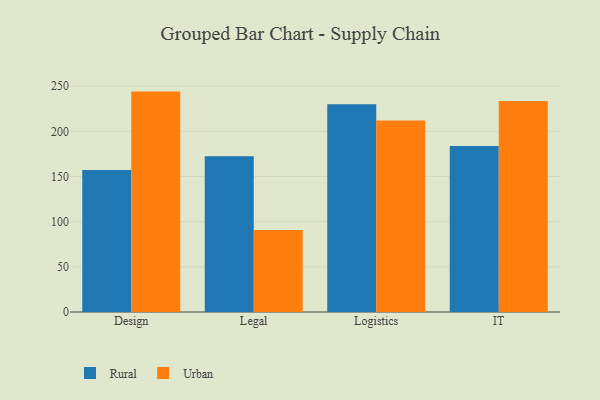
{"axis": {"x": "Department", "y": "Latency (ms)"}, "legend": ["Rural", "Urban"], "data": [{"x": "Design", "y": 157.1, "type": "Rural"}, {"x": "Design", "y": 244.0, "type": "Urban"}, {"x": "Legal", "y": 172.4, "type": "Rural"}, {"x": "Legal", "y": 90.7, "type": "Urban"}, {"x": "Logistics", "y": 229.9, "type": "Rural"}, {"x": "Logistics", "y": 212.1, "type": "Urban"}, {"x": "IT", "y": 183.7, "type": "Rural"}, {"x": "IT", "y": 233.5, "type": "Urban"}]}